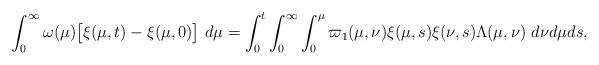
LaTeX: \begin{align*}\int_{0}^{\infty}\omega(\mu)\big[\xi(\mu,t)-\xi(\mu,0)\big]\ d\mu=\int_{0}^{t}\int_{0}^{\infty}\int_{0}^{\mu}\varpi_1(\mu, \nu) \xi(\mu,s)\xi(\nu,s)\Lambda(\mu,\nu)\ d\nu d\mu ds,\end{align*}